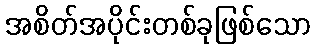
အစိတ်အပိုင်းတစ်ခုဖြစ်သော